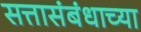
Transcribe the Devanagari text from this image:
सत्तासंबंधाच्या